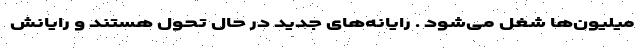
میلیون‌ها شغل می‌شود . رایانه‌های جدید در حال تحول هستند و رایانش